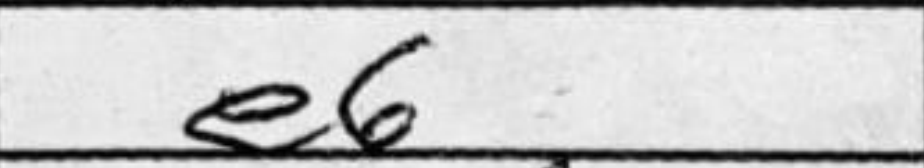
Transcription: e6